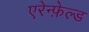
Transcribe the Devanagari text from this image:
एरेन्फ़ेल्ड